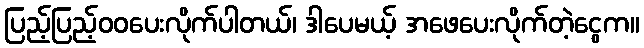
ပြည့်ပြည့်ဝဝပေးလိုက်ပါတယ်၊ ဒါပေမယ့် အဖေပေးလိုက်တဲ့ငွေက။